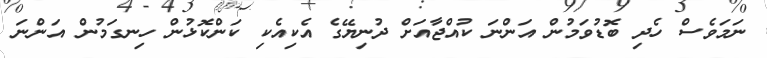
ނަމަވެސް ހެދި ބޮޑުވަމުން އަންނަ ކުއްޖާއަށް ދުނިޔޭގެ އެކިއެކި ކަންކޮޅުން ހިނގަމުން އަންނަ